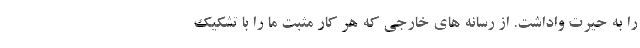
را به حیرت واداشت. از رسانه های خارجی که هر کار مثبت ما را با تشکیک